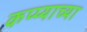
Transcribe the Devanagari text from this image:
कप्प्याच्या